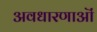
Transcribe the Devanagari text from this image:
अवधारणाऒं